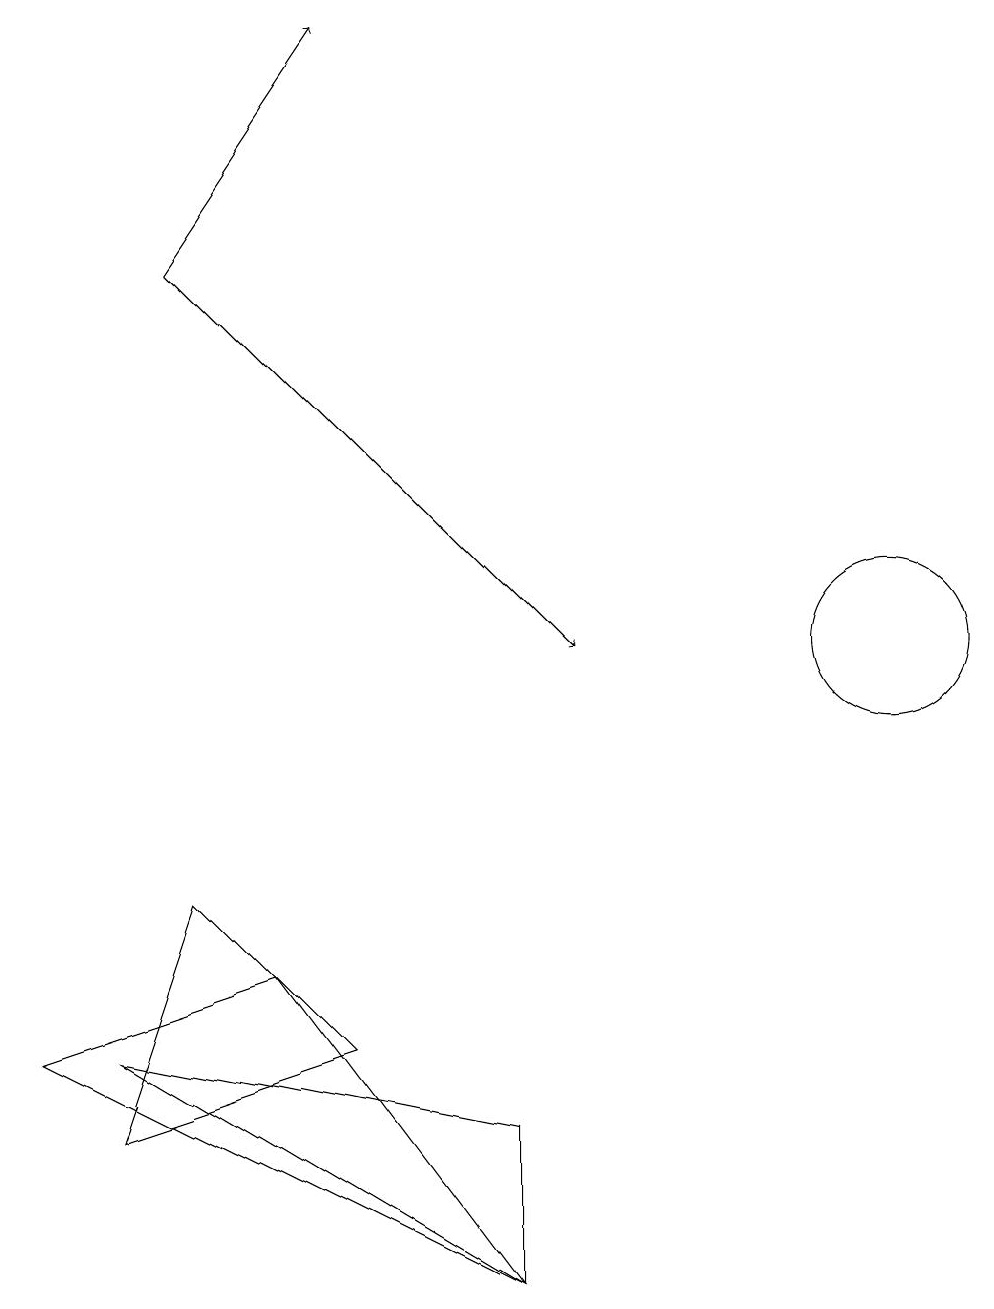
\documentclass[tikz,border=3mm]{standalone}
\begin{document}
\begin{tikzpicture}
\draw (1,6) -- (6,3) -- (6,5) -- cycle;
\draw (11,11) circle (1);
\draw (6,3) -- (0,6) -- (3,7) -- cycle;
\draw[->] (2,16) -- (7,11);
\draw (4,6) -- (1,5) -- (2,8) -- cycle;
\draw[->] (2,16) -- (4,19);
\draw (11,11) circle (0);
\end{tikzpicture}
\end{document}